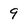
Character: 9